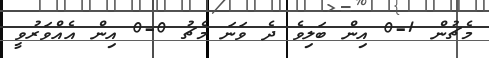
މެޗުން 1-0 އިން ބަލިވެ ދެ ވަނަ މެޗު 0-0 އިން އެއްވަރުވީ